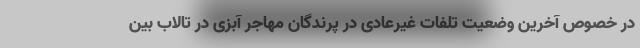
در خصوص آخرین وضعیت تلفات غیرعادی در پرندگان مهاجر آبزی در تالاب بین